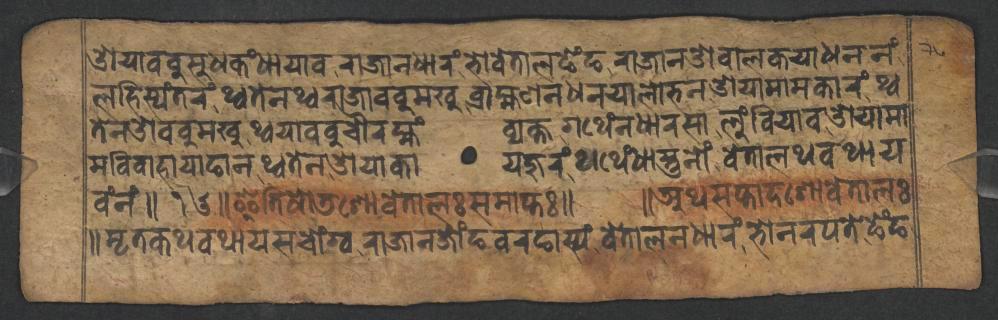
𑐌𑐫𑐵𑐧𑐧𑐸𑐳𑐸𑐢𑐎𑑄𑐢𑐵𑐫𑐵𑐰𑐬𑐵𑐖𑐵𑐣𑐢𑐵𑐬𑑄𑐨𑑀𑐰𑐾𑐟𑐵𑐮𑐒𑐾𑑄𑐒𑐬𑐵𑐖𑐵𑐣𑐌𑐧𑐵𑐮𑐎𑐫𑐵𑐢𑐣𑐣𑑄 𑐮𑐴𑐶𑐳𑑂𑐫𑑄𑐟𑐬𑑄𑐠𑑂𑐰𑐟𑐾𑐣𑐠𑑂𑐰𑐬𑐵𑐖𑐵𑐧𑐧𑐸𑐩𑐏𑐸𑐧𑑂𑐬𑐵𑐴𑑂𑐩𑐞𑐣𑐢𑐣𑐫𑐵𑐮𑑀𑐨𑐣𑐌𑐫𑐵𑐩𑐵𑐩𑐎𑐵𑐬𑑄𑐠𑑂𑐰 𑐟𑐾𑐣𑐌𑐧𑐧𑐸𑐩𑐏𑐸𑐠𑑂𑐰𑐫𑐵𑐧𑐧𑐸𑐔𑑁𑐬𑐩𑑂𑐴𑑄𑐰𑑂𑐫𑐎𑑂𑐟𑐐𑐠𑐾𑑄𑐣𑐢𑐵𑐬𑐳𑐵𑐮𑐸𑑄𑐧𑐶𑐫𑐵𑐰𑐌𑐫𑐵𑐩𑐵 𑐩𑐰𑐶𑐰𑐵𑐴𑐵𑐫𑐵𑐒𑐵𑐣𑐠𑑂𑐰𑐟𑐾𑐣𑐌𑐫𑐵𑐎𑐵𑐫𑐖𑐸𑐬𑑄𑐠𑐠𑐾𑑄𑐢𑐵𑐳𑑂𑐟𑐸𑐣𑑀𑑄𑐰𑐾𑐟𑐵𑐮𑐠𑐰𑐠𑐵𑐫 𑐰𑑄𑐣𑑄𑑌𑑑𑑖𑑌𑐂𑐟𑐶𑐲𑑀𑐜𑐱𑑀𑐰𑐾𑐟𑐵𑐮𑑅𑐳𑐩𑐵𑐥𑑂𑐟𑑅𑑌 𑑌𑐀𑐠𑐳𑐥𑑂𑐟𑐵𑐡𑐱𑑀𑐰𑐾𑐟𑐵𑐮𑑅 𑑌𑐩𑐺𑐟𑐎𑐠𑐰𑐠𑐵𑐫𑐳𑐔𑑀𑑄𑐐𑑂𑐰𑐬𑐵𑐖𑐵𑐣𑐖𑑀𑑄𑐒𑐰𑐬𑐒𑐵𑐳𑑂𑐫𑑄𑐰𑐾𑐟𑐵𑐮𑐣𑐢𑐵𑐬𑑄𑐨𑑀𑐣𑐬𑐥𑐟𑐾𑐒𑐾𑑄𑐒